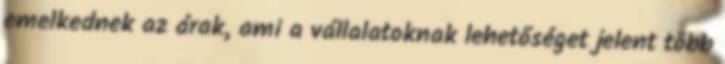
emelkednek az árak, ami a vállalatoknak lehetőséget jelent több